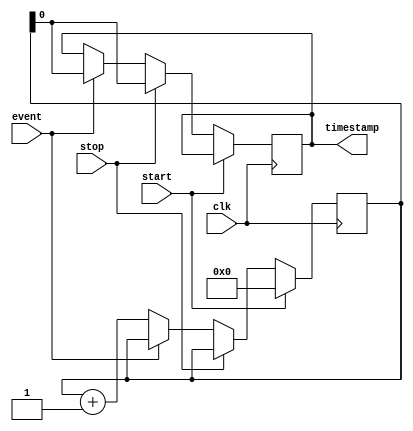
module TimeStampingTimer(
    input clk,
    input start,
    input stop,
    input event,
    output reg timestamp
);

reg [31:0] counter;

always @(posedge clk) begin
    if(start) begin
        counter <= 0;
    end else if(stop) begin
        timestamp <= counter;
    end else if(event) begin
        timestamp <= counter;
    end else begin
        counter <= counter + 1;
    end
end

endmodule